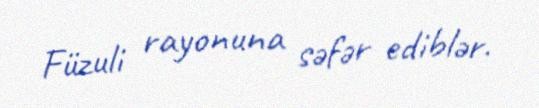
Füzuli rayonuna səfər ediblər.